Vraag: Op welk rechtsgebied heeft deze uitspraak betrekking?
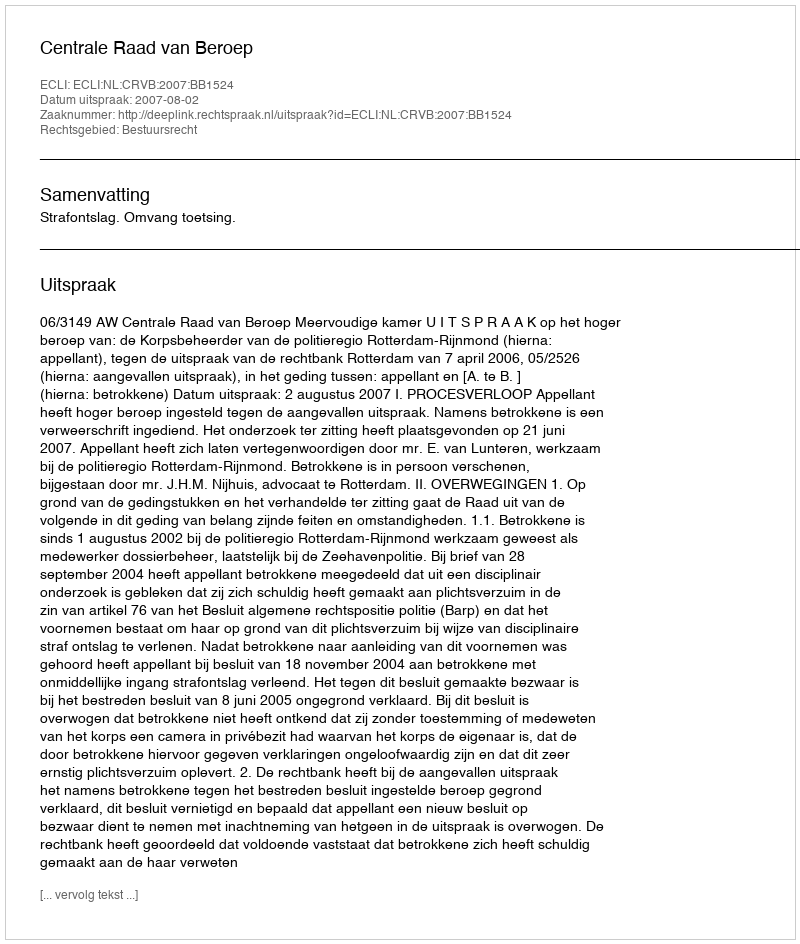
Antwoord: Bestuursrecht